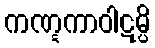
ကဏ္ဋကာဝါဋမ္ပိ